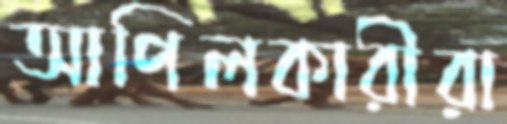
আপিলকারীরা